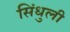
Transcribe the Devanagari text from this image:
सिंधुली